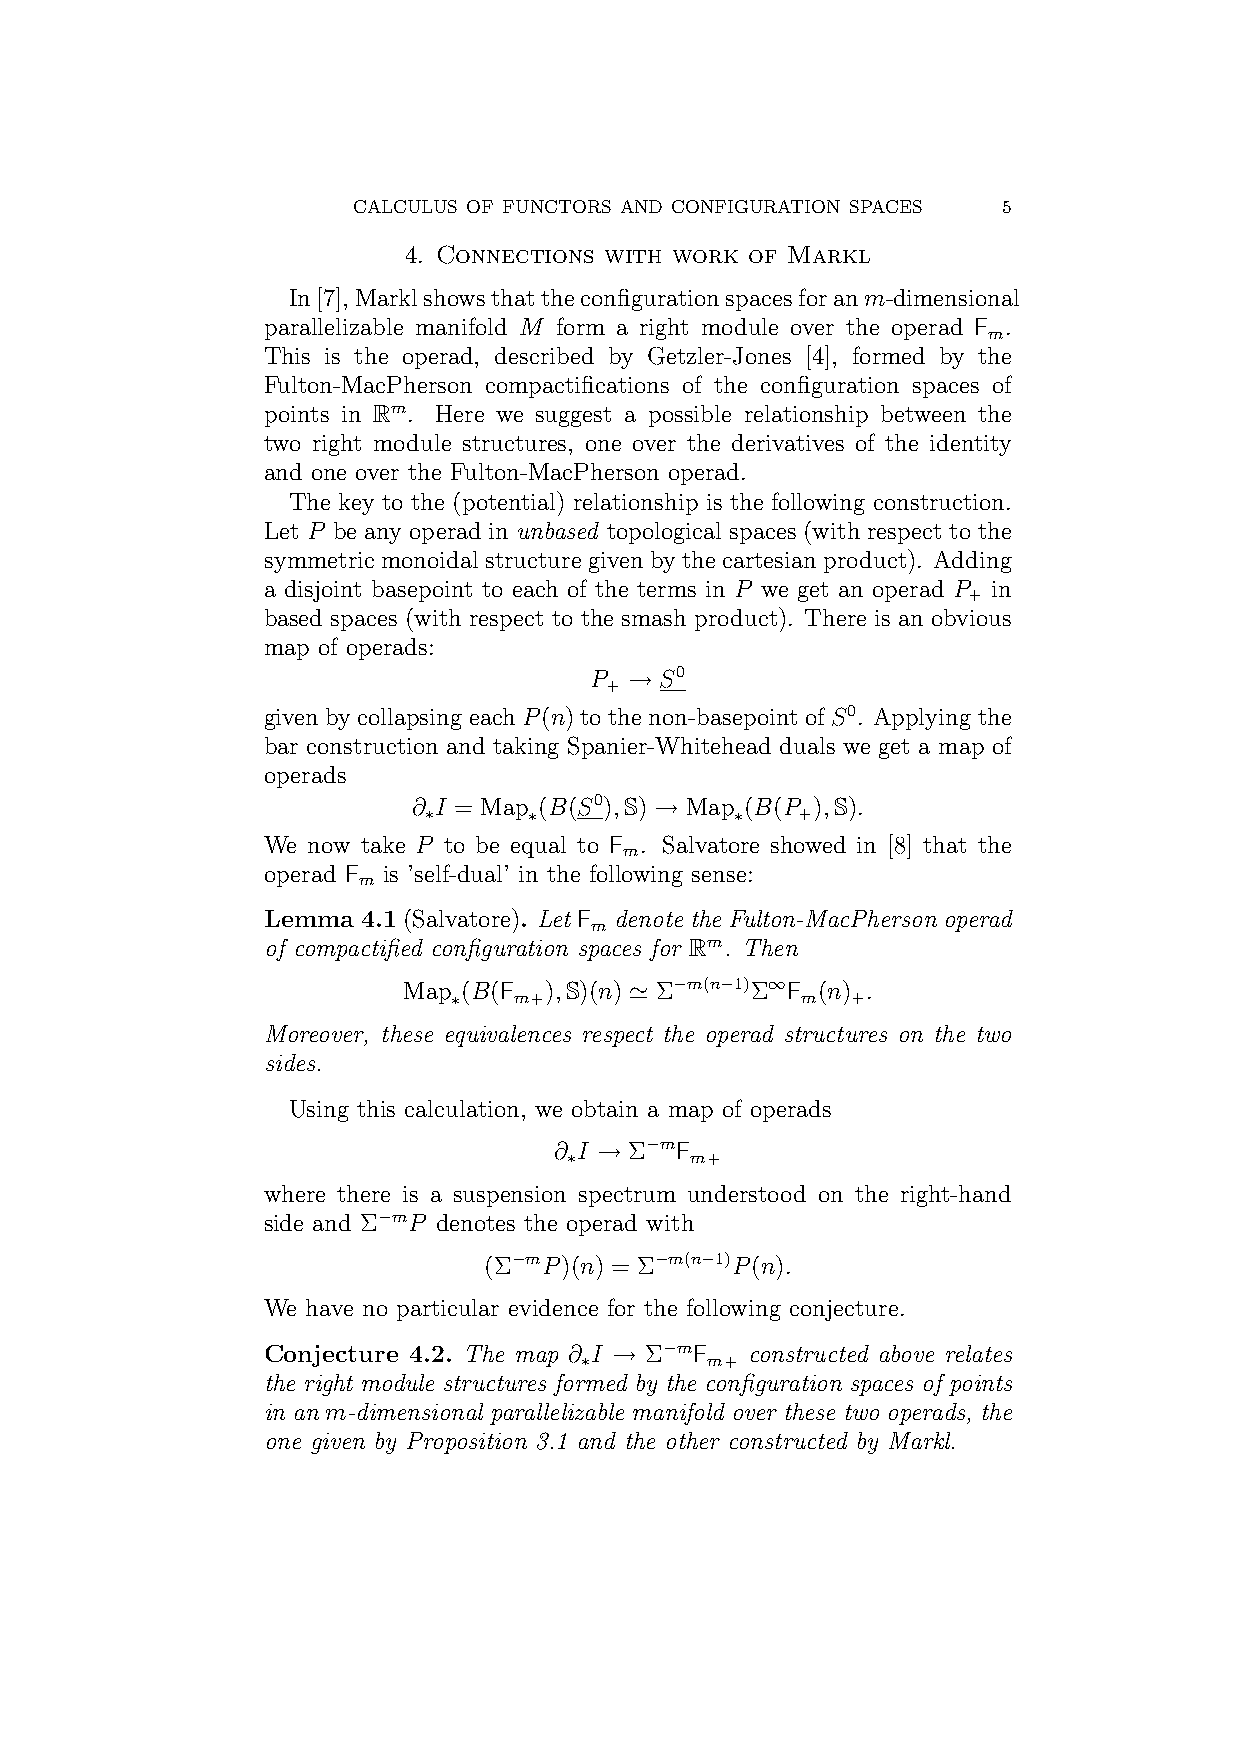
CALCULUS OF FUNCTORS AND CONFIGURATION SPACES 5
 4. Connections with work of Markl
 In[7],Marklshowsthattheconfigurationspacesforanm-dimensional
 parallelizable manifold M form a right module over the operad F .
 m
 This is the operad, described by Getzler-Jones [4], formed by the
 Fulton-MacPherson compactifications of the configuration spaces of
 points in Rm. Here we suggest a possible relationship between the
 two right module structures, one over the derivatives of the identity
 and one over the Fulton-MacPherson operad.
 The key to the (potential) relationship is the following construction.
 Let P be any operad in unbased topological spaces (with respect to the
 symmetric monoidal structure given by the cartesian product). Adding
 a disjoint basepoint to each of the terms in P we get an operad P in
 +
 based spaces (with respect to the smash product). There is an obvious
 map of operads:
 P  → S0
 +
 given by collapsing each P(n) to the non-basepoint of S0. Applying the
 bar construction and taking Spanier-Whitehead duals we get a map of
 operads
 ∂ I = Map (B(S0),S) → Map (B(P ),S).
 ∗      ∗             ∗   +
 We now take P to be equal to F . Salvatore showed in [8] that the
 m
 operad F is ’self-dual’ in the following sense:
 m
 Lemma  4.1 (Salvatore). Let F denote the Fulton-MacPherson operad
 m
 of compactified configuration spaces for Rm. Then
 Map (B(F ),S)(n) ’ Σ−m(n−1)Σ∞F (n) .
 ∗   m+                 m  +
 Moreover, these equivalences respect the operad structures on the two
 sides.
 Using this calculation, we obtain a map of operads
 ∂ I → Σ−mF
 ∗       m+
 where there is a suspension spectrum understood on the right-hand
 side and Σ−mP denotes the operad with
 (Σ−mP)(n) = Σ−m(n−1)P(n).
 We have no particular evidence for the following conjecture.
 Conjecture 4.2. The map ∂ I → Σ−mF constructed above relates
 ∗        m+
 the right module structures formed by the configuration spaces of points
 in an m-dimensional parallelizable manifold over these two operads, the
 one given by Proposition 3.1 and the other constructed by Markl.